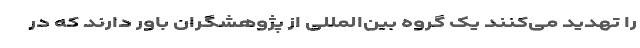
را تهدید می‌کنند یک گروه بین‌المللی از پژوهشگران باور دارند که در